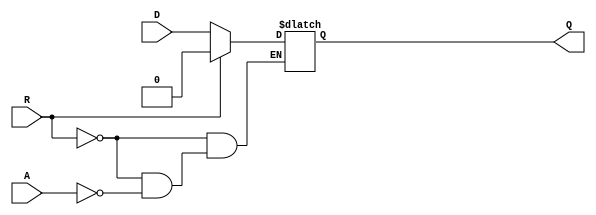
module async_register (
    input wire D,        // Data Input
    input wire A,        // Asynchronous Control Signal
    input wire R,        // Reset Signal
    output reg Q         // Data Output
);

// Asynchronous behavior
always @(*) begin
    if (R) begin
        Q = 1'b0;        // Reset the register to 0
    end else if (A) begin
        Q = D;           // Capture the data input when control signal A is asserted
    end
    // If neither R nor A is asserted, Q retains its previous value
end

endmodule